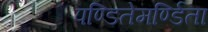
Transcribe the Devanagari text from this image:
पण्डितेमर्ण्डिता